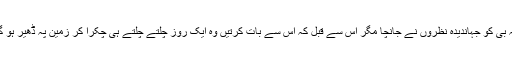
خالہ بی کو جہاندیدہ نظروں نے جانچا مگر اس سے قبل کہ اس سے بات کرتیں وہ ایک روز چلتے چلتے ہی چکرا کر زمین پہ ڈھیر ہو گئی۔